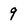
Character: 9